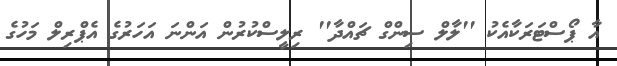
އާ ޕޯސްޓަރަކާއެކު ''ލާލް ސިންގް ޗައްދާ'' ރިލީސްކުރުން އަންނަ އަހަރުގެ އެޕްރިލް މަހުގެ